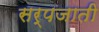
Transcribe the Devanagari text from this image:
सर्पजाती